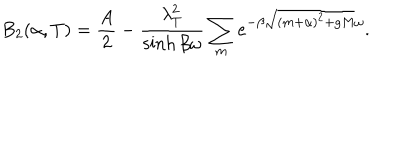
B _ { 2 } ( \alpha , T ) = \frac { A } { 2 } - \frac { \lambda _ { T } ^ { 2 } } { \sinh \beta \omega } \sum _ { m } e ^ { - \beta \sqrt { ( m + \alpha ) ^ { 2 } + g M } \omega } .